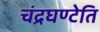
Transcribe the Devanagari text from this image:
चंद्रघण्टेति